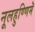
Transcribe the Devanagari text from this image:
नूलहुण्णिमॆ